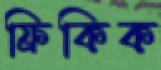
ফ্রিকিক